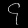
Digit: ၄